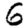
Digit: 6